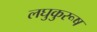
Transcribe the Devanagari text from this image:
लघुकुरूष